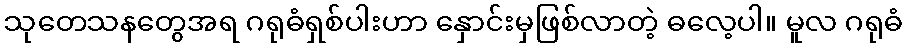
သုတေသနတွေအရ ဂရုဓံရှစ်ပါးဟာ နှောင်းမှဖြစ်လာတဲ့ ဓလေ့ပါ။ မူလ ဂရုဓံ